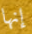
إنها